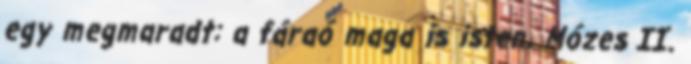
egy megmaradt: a fáraó maga is isten. Mózes II.